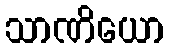
သာဏိယော